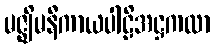
မဇ္ဈိမနီကာယပါဠိအဋ္ဌကထာ